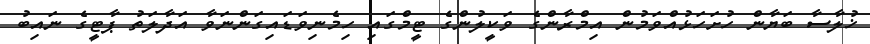
ޚުލާސާ ބަޔާން ހުށަހަޅުއްވަމުން އިމްރާންގެ ވަކީލުންގެ ޓީމްގައި ހިމެނިވަޑައިގަންނަވާ އަދާލަތު ޕާޓީގެ ނައިބު